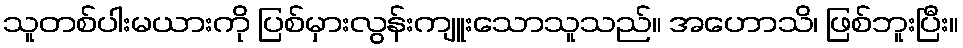
သူတစ်ပါးမယားကို ပြစ်မှားလွန်းကျူးသောသူသည်။ အဟောသိ၊ ဖြစ်ဘူးပြီး။